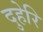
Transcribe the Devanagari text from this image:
दुहेरि